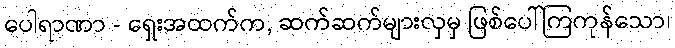
ပေါရာဏာ - ရှေးအထက်က, ဆက်ဆက်များလှမှ ဖြစ်ပေါ်ကြကုန်သော၊